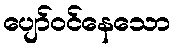
ပျော်ဝင်နေသော